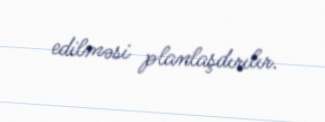
edilməsi planlaşdırılır.